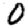
Digit: 0